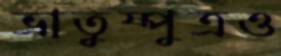
ভ্রাতুষ্পুত্রও